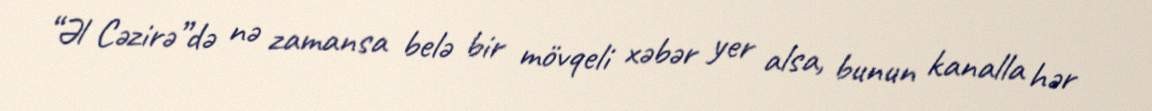
“Əl Cəzirə”də nə zamansa belə bir mövqeli xəbər yer alsa, bunun kanalla hər